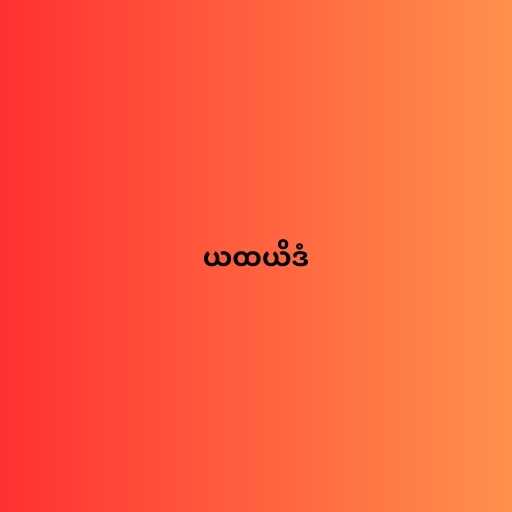
ယထယိဒံ